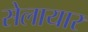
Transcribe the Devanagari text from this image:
सेलायार